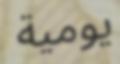
يومية